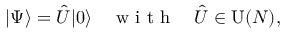
| \Psi \rangle = \hat { U } | 0 \rangle \quad \mathrm { ~ w ~ i ~ t ~ h ~ } \quad \hat { U } \in \operatorname { U } ( N ) ,